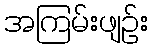
အကြမ်းဖျဉ်း